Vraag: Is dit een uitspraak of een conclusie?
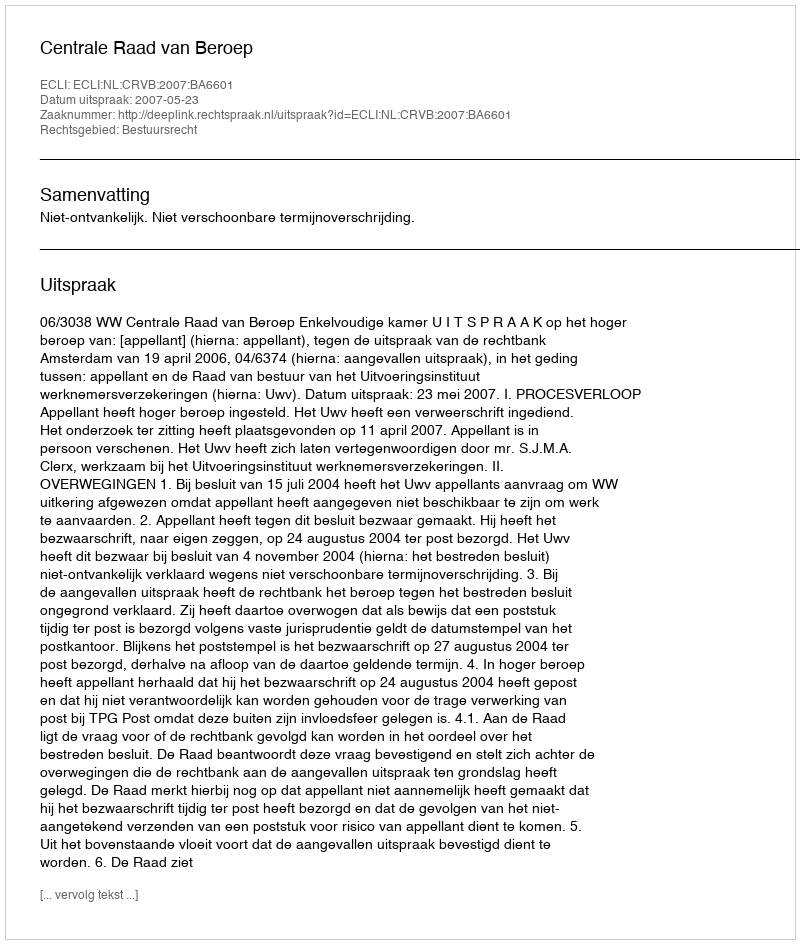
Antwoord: Uitspraak